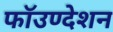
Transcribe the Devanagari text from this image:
फॉउण्देशन